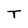
Character: T